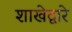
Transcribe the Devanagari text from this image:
शाखेद्वारे